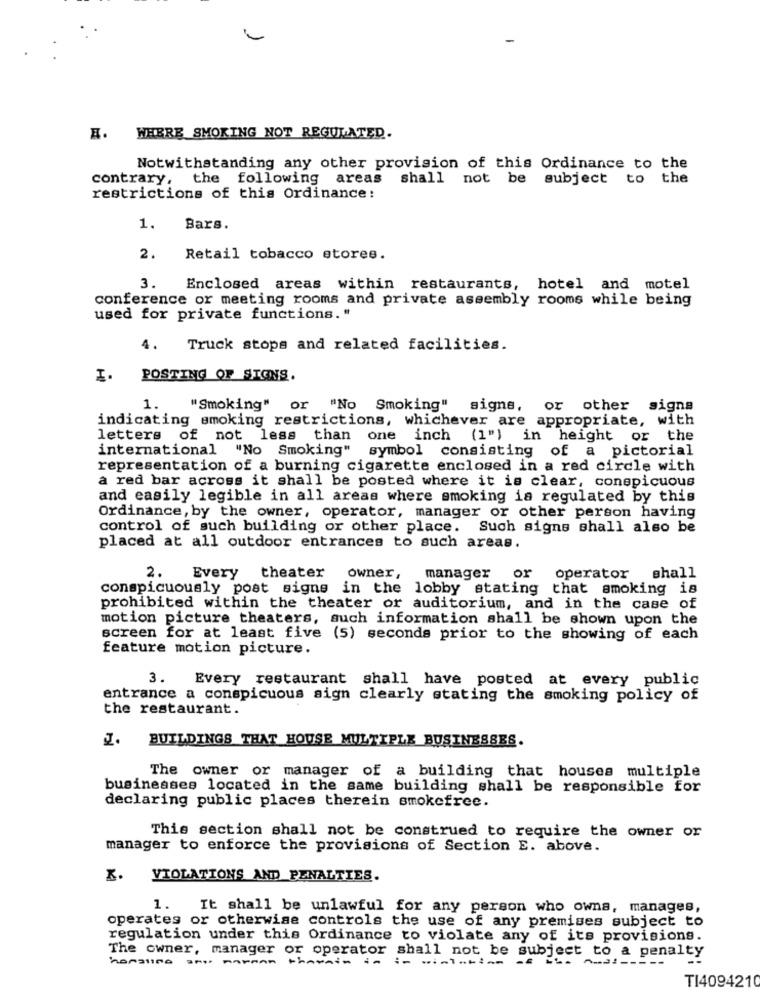
E.
WHERE_SMOKING NOT REGULATED.
Notwithstanding any other provision of this Ordinance to the
contrary, the following areas shall
not be subject to the
restrictions of this Ordinance:
1.
Bars.
2.
Retail tobacco stores.
3.
Enclosed areas within restaurants, hotel and motel
conference or meeting rooms and private assembly rooms while being
used for private functions."
4.
Truck stops and related facilities.
POSTING OF SIGNS.
1.
"Smoking" or "No Smoking"
signs, or other signs
indicating smoking restrictions, whichever are appropriate, with
letters of not less than one inch (1") in height or the
international "No Smoking" symbol consisting of a pictorial
representation of a burning cigarette enclosed in a red circle with
a red bar across it shall be posted where it is clear, conspicuous
and easily legible in all areas where smoking is regulated by this
Ordinance, by the owner, operator, manager or other person having
control of such building or other place. Such signs shall also be
placed at all outdoor entrances to such areas.
2.
Every
theater
owner,
manager or
operator shall
conspicuously post signs in the lobby stating that smoking is
prohibited within the theater or auditorium, and in the case of
motion picture theaters, such information shall be shown upon the
screen for at least five (5) seconds prior to the showing of each
feature motion picture.
3.
Every restaurant shall have posted at every public
entrance a conspicuous sign clearly stating the smoking policy of
the restaurant.
1.
BUILDINGS THAT HOUSE MULTIPLE BUSINESSES.
The owner or manager of a building that houses multiple
businesses located in the same building shall be responsible for
declaring public places therein smokefree.
This section shall not be construed to require the owner or
manager to enforce the provisions of Section E. above.
x.
VIOLATIONS AND PENALTIES.
1.
It shall be unlawful for any person who owns, manages,
operates or otherwise controls the use of any premises subject to
regulation under this Ordinance to violate any of its provisions.
The owner, manager or operator shall not be subject to a penalty
honaling anos warman therain in in violation of ise musi -----
TI4094210